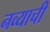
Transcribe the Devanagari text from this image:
नव्याची